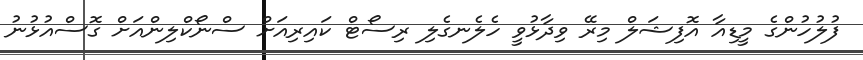
ފުލުހުންގެ މީޑިއާ އޮފިޝަލް މިރޭ ވިދާޅުވީ ހެލެނގެލި ރިސޯޓް ކައިރިއަށް ސްނޯކްލިންއަށް ގޮސްއުޅުނު